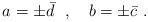
LaTeX: \begin{align*}a = \pm \bar{d} \ \ , \ \ \ b = \pm \bar{c} \ .\end{align*}